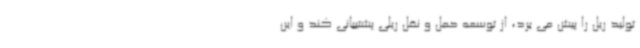
تولید ریل را پیش می برد، از توسعه حمل و نقل ریلی پشتیبانی کند و این